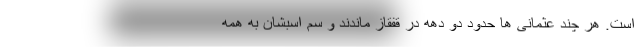
است. هر چند عثمانی ها حدود دو دهه در قفقاز ماندند و سم اسبشان به همه